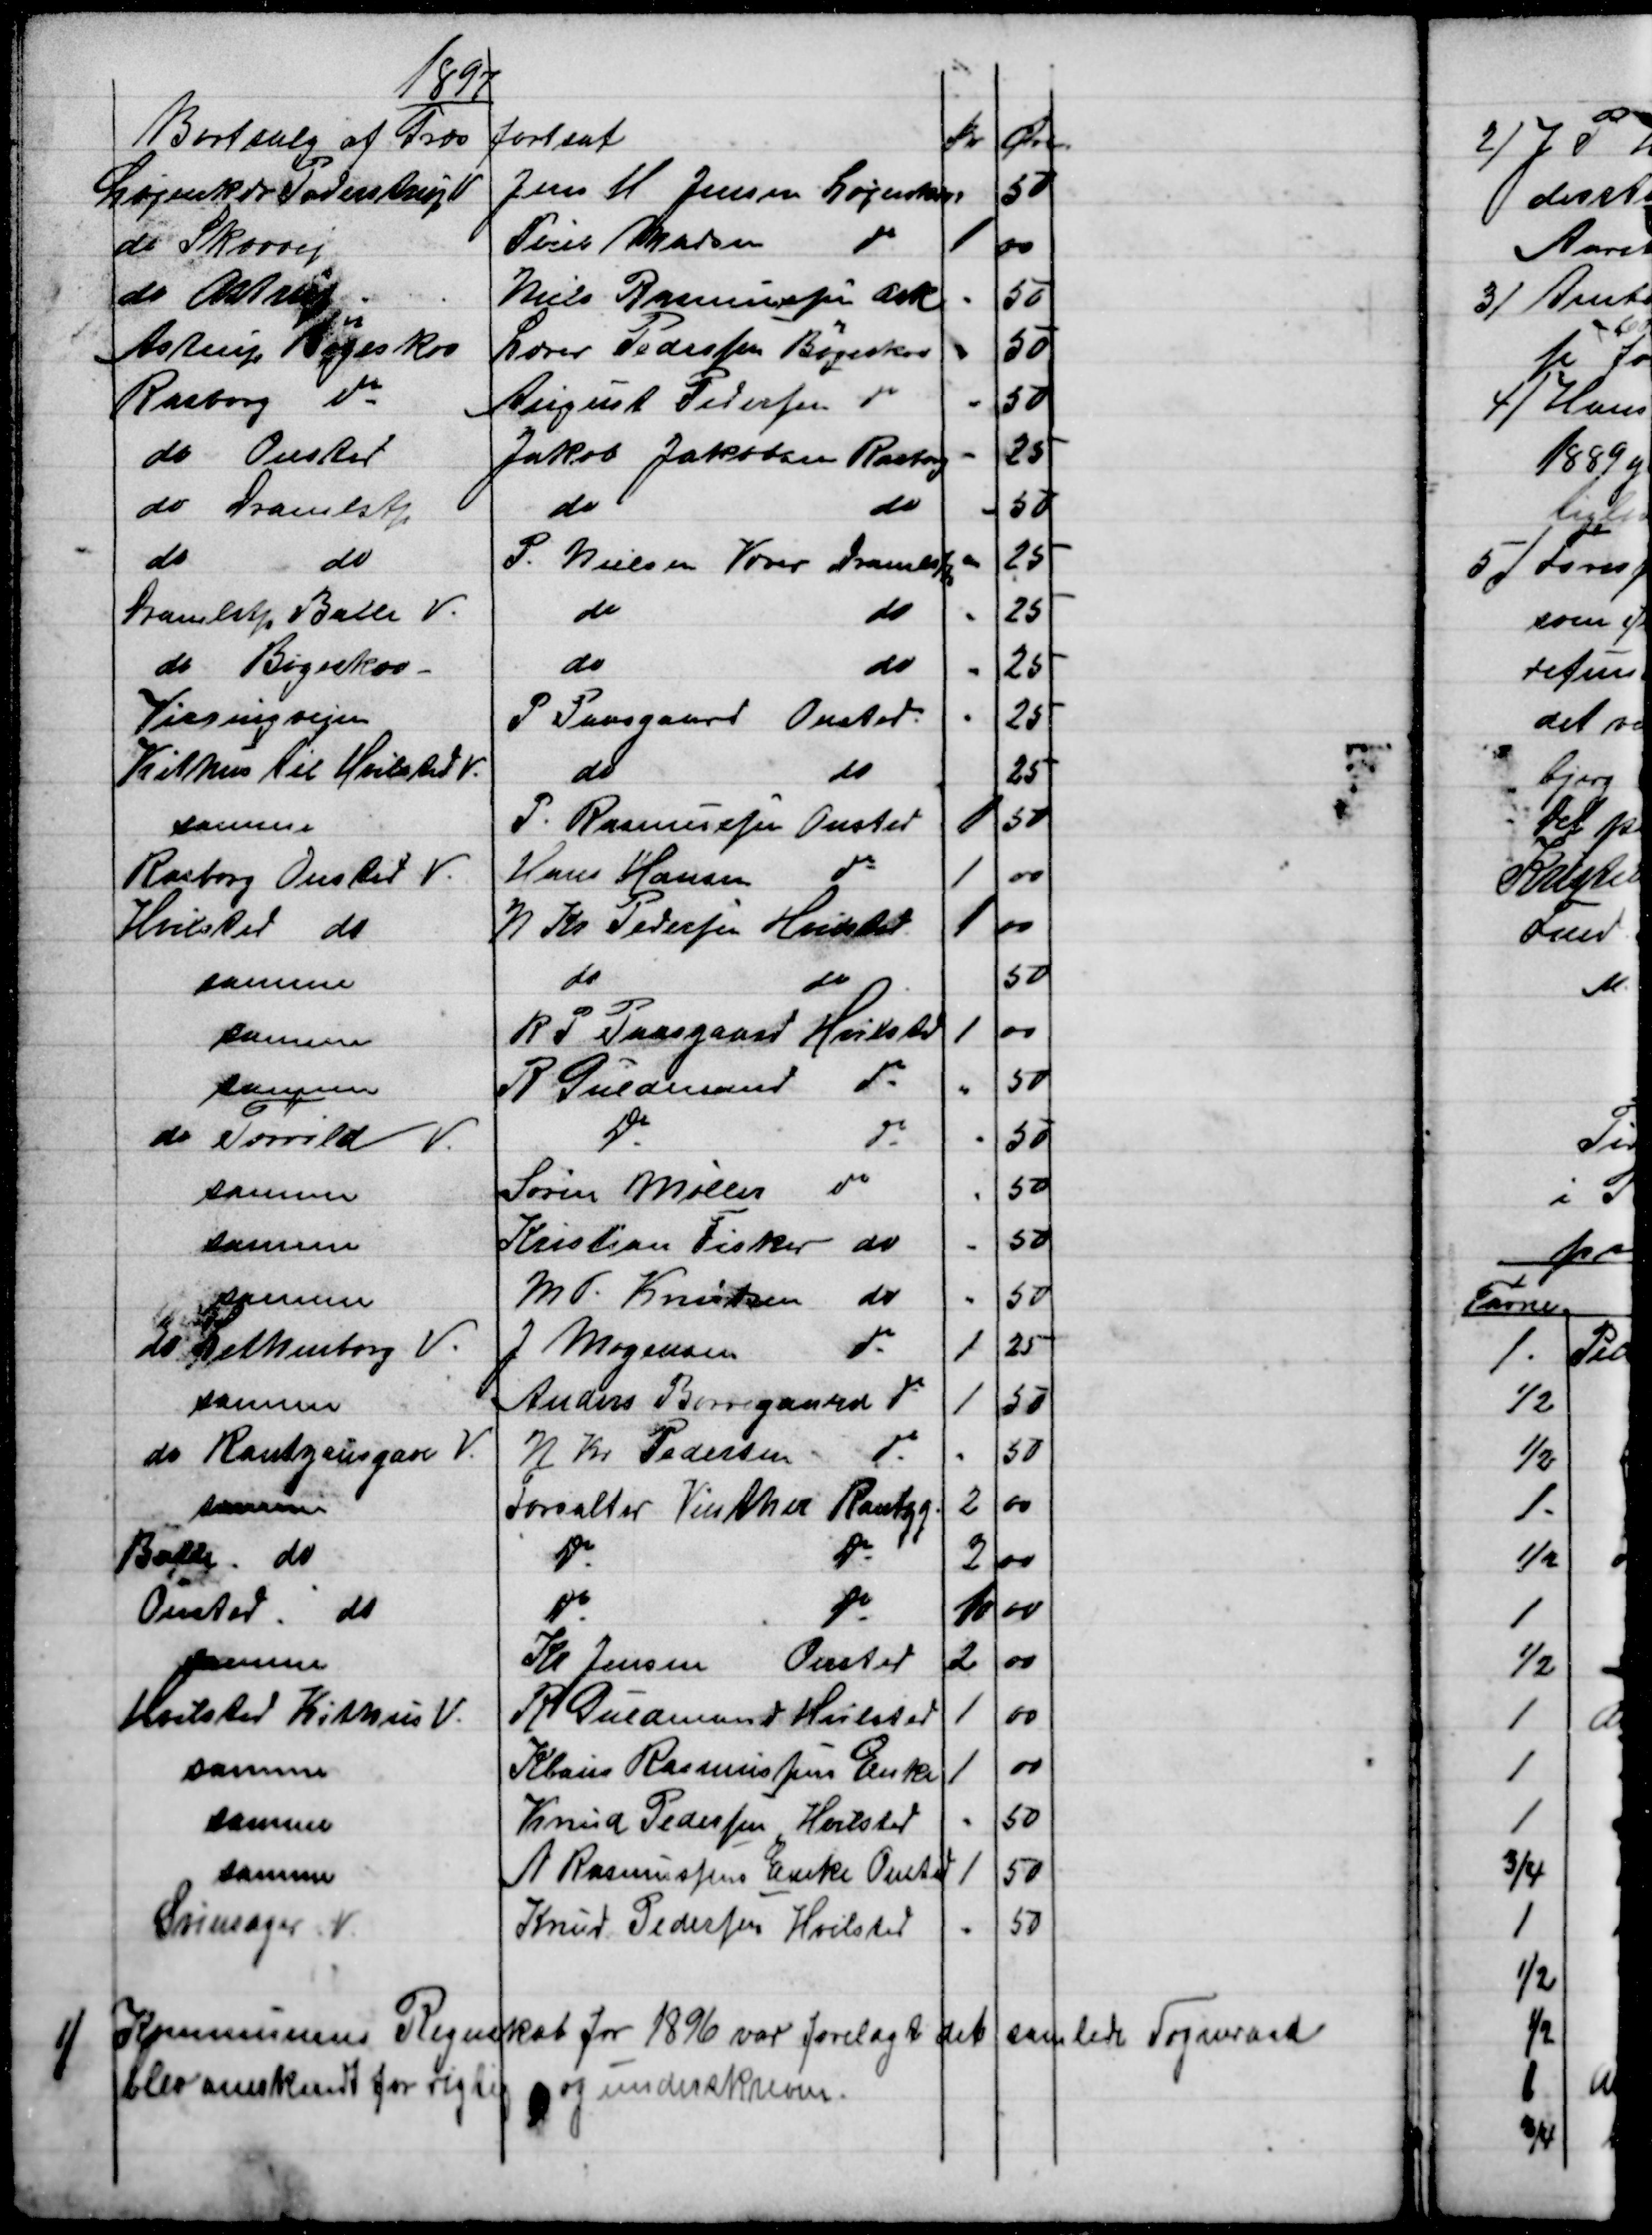
Transskription:
1897
Bortsalg af Græs fortsat
Kr
Øre
Løjenkær Pederstrup V
Jens H. Jensen Løjenkær
50
do Skovvej
Poul Madsen
do
1
00
do Astrup
Niels Rasmussen Ask 
50
Astrup Bøgeskov
Lærer Pedersen Bøgeskov
50
Rasborg do
August Pedersen do
50
do Onsted
Jakob Jakobsen Rasborg
25
do Dramlstp
do
do
50
do
do
P. Nielsen Væver Dramlstp
25
Dramlstp Balle V.
do
do
25
do Bøgeskov -
do
do
25
Virringvejen
P Paasgaard Onsted.
25
Kithus til Hvilsted V.
do
do
25
samme
P. Rasmussen Onsted
1
50
Rasborg Onsted V. 
Hans Hansen
do
1
00
Hvilsted do
N. Kr. Pedersen Hvilsted
1
00
samme
do
do
50
samme
R. P. Paasgaard Hvilsted
1
00
samme
R Guldmand
do
50
do Torrild V.
do
do
50
samme
Søren Møller
do
50
samme
Kristian Fisker
do
50
samme
M. P. Knudsen
do
50
do Lethenborg V.
J. Mogensen
do
1
25
samme
Anders Borregaard do
1
50
do Rantzausgave V.
N. Kr. Pedersen
do
50
samme
Forvalter Vinther Rantzg
2
00
Balle. do
do
do
2
00
Onsted. do
do
do
10
00
samme
Kr. Jensen Onsted
2
00
Hvilsted Kithus V.
R. Guldmand Hvilsted
1
00
samme
Klaus Rasmussens Enke
1
00
samme
Knud Pedersen Hvilsted
50
samme
A Rasmussens Enke Onsted
1
50
Svinsager. V
Knud Pedersen Hvilsted
50
1)
Kommunens Regnskab for 1896 var forelagt det samlede Sogneraad
blev anerkendt for rigtig og underskreven.